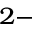
^ { 2 - }